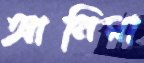
আনিমা